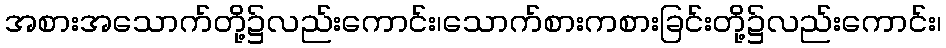
အစားအသောက်တို့၌လည်းကောင်း၊သောက်စားကစားခြင်းတို့၌လည်းကောင်း၊